Report on inoculation in the plague infected areas of the Punjab and its dependencies from October 1900 to September 1901
Year: 1900
Disease focus: Plague
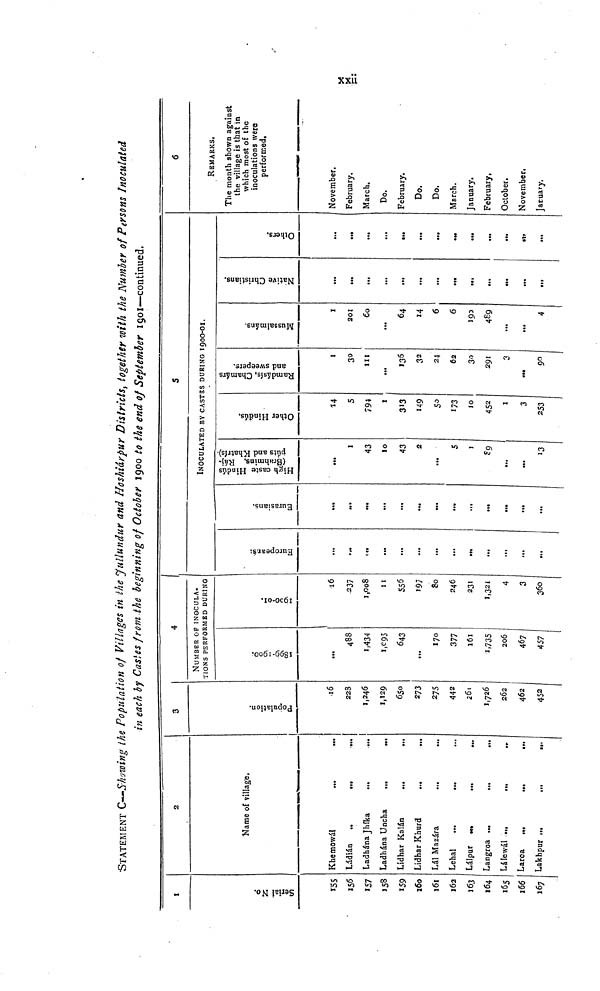
xxii.
STATEMENT C—Showing the Population of Villages in the Jullundur and Hoshiárpur Districts, together with the Number of Persons Inoculated
in each by Castes from the beginning of October 1900 to the end of September 1901—continued.
1
Serial No.
155
156
157
158
159
160
161
162
163
164
165
166
167
2
Name of village.
Khemowál
...
...
Ládián
..
Ladhána Jhíka
...
...
Ladhána Uncha
...
...
Lidhar Kalán
...
...
Lidhar Khurd
...
...
Lál Mazára
...
Lehal
Lálpur
Langroa ...
...
Lálewál ...
Larca
...
...
...
Lakhpur
3
Population.
16
228
1,246
1,129
650
273
275
442
261
1,726
262
462
452
4
NUMBER OF INOCULATIONS PERFORMED DURING
1899-1900.
488
1,434
1,095
643
...
170
377
161
1,735
206
467
457
1900-01.
16
237
1,008
11
555
197
80
246
231
1,321
4
3
360
S
Europeans.
...
...
...
...
...
...
...
...
...
...
...
...
Eurasians.
...
...
...
...
...
...
...
...
...
...
...
...
INOCULATED BY CASTES DURING 1900-01.
High caste Hindús (Brahmins, Rájpúts and Khatrís.)
1
43
10
43
2
...
5
1
...
...
13
Other Hindús.
5
794
1
313
149
50
173
10
452
1
3
253
Ramdásis, Chamárs and sweepers.
1
30
111
...
136
32
24
62
30
291
3
...
90
Mussalmáns.
1
201
60
...
64
14
6
6
193
489
...
...
4
Native Christians.
...
...
...
...
...
...
...
...
...
...
...
...
Others.
...
...
...
...
...
...
...
...
...
...
6
REMARKS.
The month shown against
the village is that in
which most of the
inoculations were
performed.
November.
February.
March.
Do.
February.
Do.
Do.
March.
January.
February,
October.
November.
January.